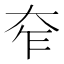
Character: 𡗸